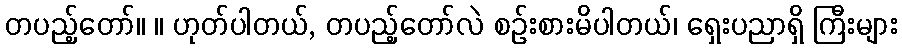
တပည့်တော်။ ။ ဟုတ်ပါတယ်, တပည့်တော်လဲ စဉ်းစားမိပါတယ်၊ ရှေးပညာရှိ ကြီးများ